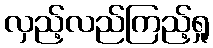
လှည့်လည်ကြည့်ရှု